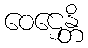
ဝေဌေန္တိ